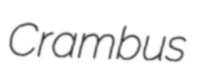
Crambus